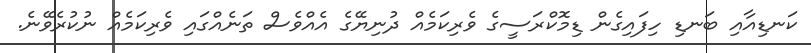
ކަނޑިއާއި ބަނޑި ހިފައިގެެން ޑިމޮކްރަސީގެ ވެރިކަމެއް ދުނިޔޭގެ އެއްވެސް ތަނެއްގައި ވެރިކަމެއް ނުކުރެވޭނެ.